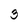
Character: 3